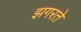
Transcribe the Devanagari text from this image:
झगरते